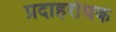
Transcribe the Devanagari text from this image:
प्रदाहरोधक